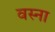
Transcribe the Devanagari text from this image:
वस्ना